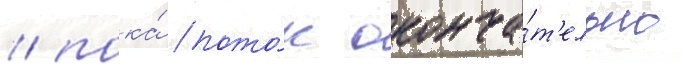
/ пока́ пото́к оконча́т'ельно